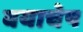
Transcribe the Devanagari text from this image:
वयाचेष